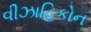
વીઝાહિકોન